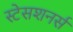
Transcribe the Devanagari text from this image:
स्टेसशनर्स